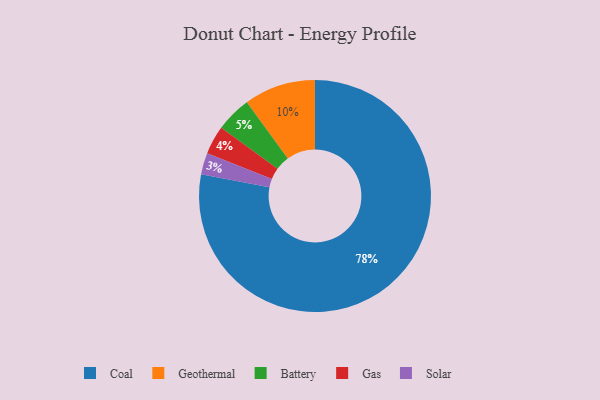
{"axis": {"x": "Category", "y": "Percentage"}, "legend": ["Battery", "Coal", "Gas", "Geothermal", "Solar"], "data": [{"x": "Geothermal", "y": 10, "type": "Geothermal"}, {"x": "Gas", "y": 4, "type": "Gas"}, {"x": "Coal", "y": 78, "type": "Coal"}, {"x": "Solar", "y": 3, "type": "Solar"}, {"x": "Battery", "y": 5, "type": "Battery"}]}